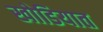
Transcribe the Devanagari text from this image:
खोडियात